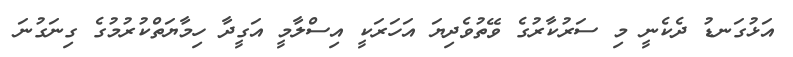
އަޅުގަނޑު ދެކެނީ މި ސަރުކާރުގެ ވޭތުވެދިޔަ އަހަރަކީ އިސްލާމީ އަގީދާ ހިމާޔަތްކުރުމުގެ ގިނަގުނަ